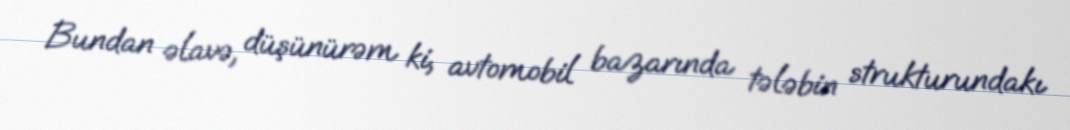
Bundan əlavə, düşünürəm ki, avtomobil bazarında tələbin strukturundakı